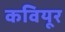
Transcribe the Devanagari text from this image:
कवियूर